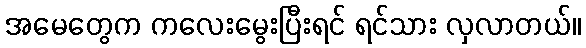
အမေတွေက ကလေးမွေးပြီးရင် ရင်သား လှလာတယ်။